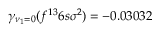
\gamma _ { \nu _ { 1 } = 0 } ( f ^ { 1 3 } 6 s \sigma ^ { 2 } ) = - 0 . 0 3 0 3 2